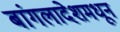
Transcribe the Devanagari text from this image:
बांगलादेशमधून